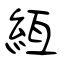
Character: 絚